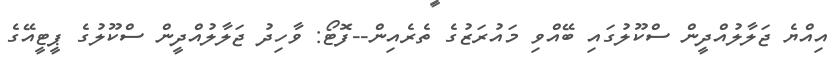
އިއްޔެ ޖަލާލުއްދީން ސްކޫލުގައި ބޭއްވި މައުރަޒުގެ ތެރެއިން--ފޮޓޯ: ވާހިދު ޖަލާލުއްދީން ސްކޫލުގެ ޕީޓީއޭގެ